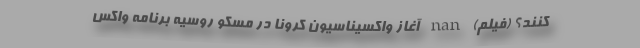
کنند؟ (فیلم) nan آغاز واکسیناسیون کرونا در مسکو روسیه برنامه واکس